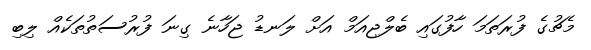
މެޗުގެ ފުރަތަމަ ހާފުގައި ބެލްޖިއަމް އަށް ލަނޑު ޖަހާނެ ގިނަ ފުރުސަތުތަކެއް ލިބި